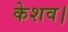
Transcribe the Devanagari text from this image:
केशव।